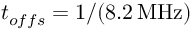
t _ { o f f s } = 1 / \mathrm { ( 8 . 2 \, M H z ) }